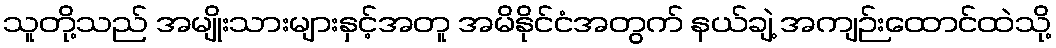
သူတို့သည် အမျိုးသားများနှင့်အတူ အမိနိုင်ငံအတွက် နယ်ချဲ့ အကျဉ်းထောင်ထဲသို့